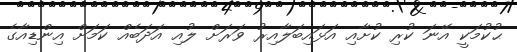
ޙުކުމަކީ އޭނަ ކުރި ކުށާއި އަޅައިބަލާއިރު ވަރަށް ލުއި އަދަބެއް ކަމަށް އިންޑިއާގެ